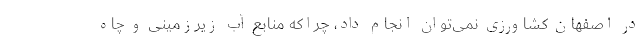
در اصفهان کشاورزی نمی‌توان انجام داد، چراکه منابع آب زیرزمینی و چاه